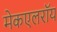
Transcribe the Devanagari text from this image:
मेकएलरॉय